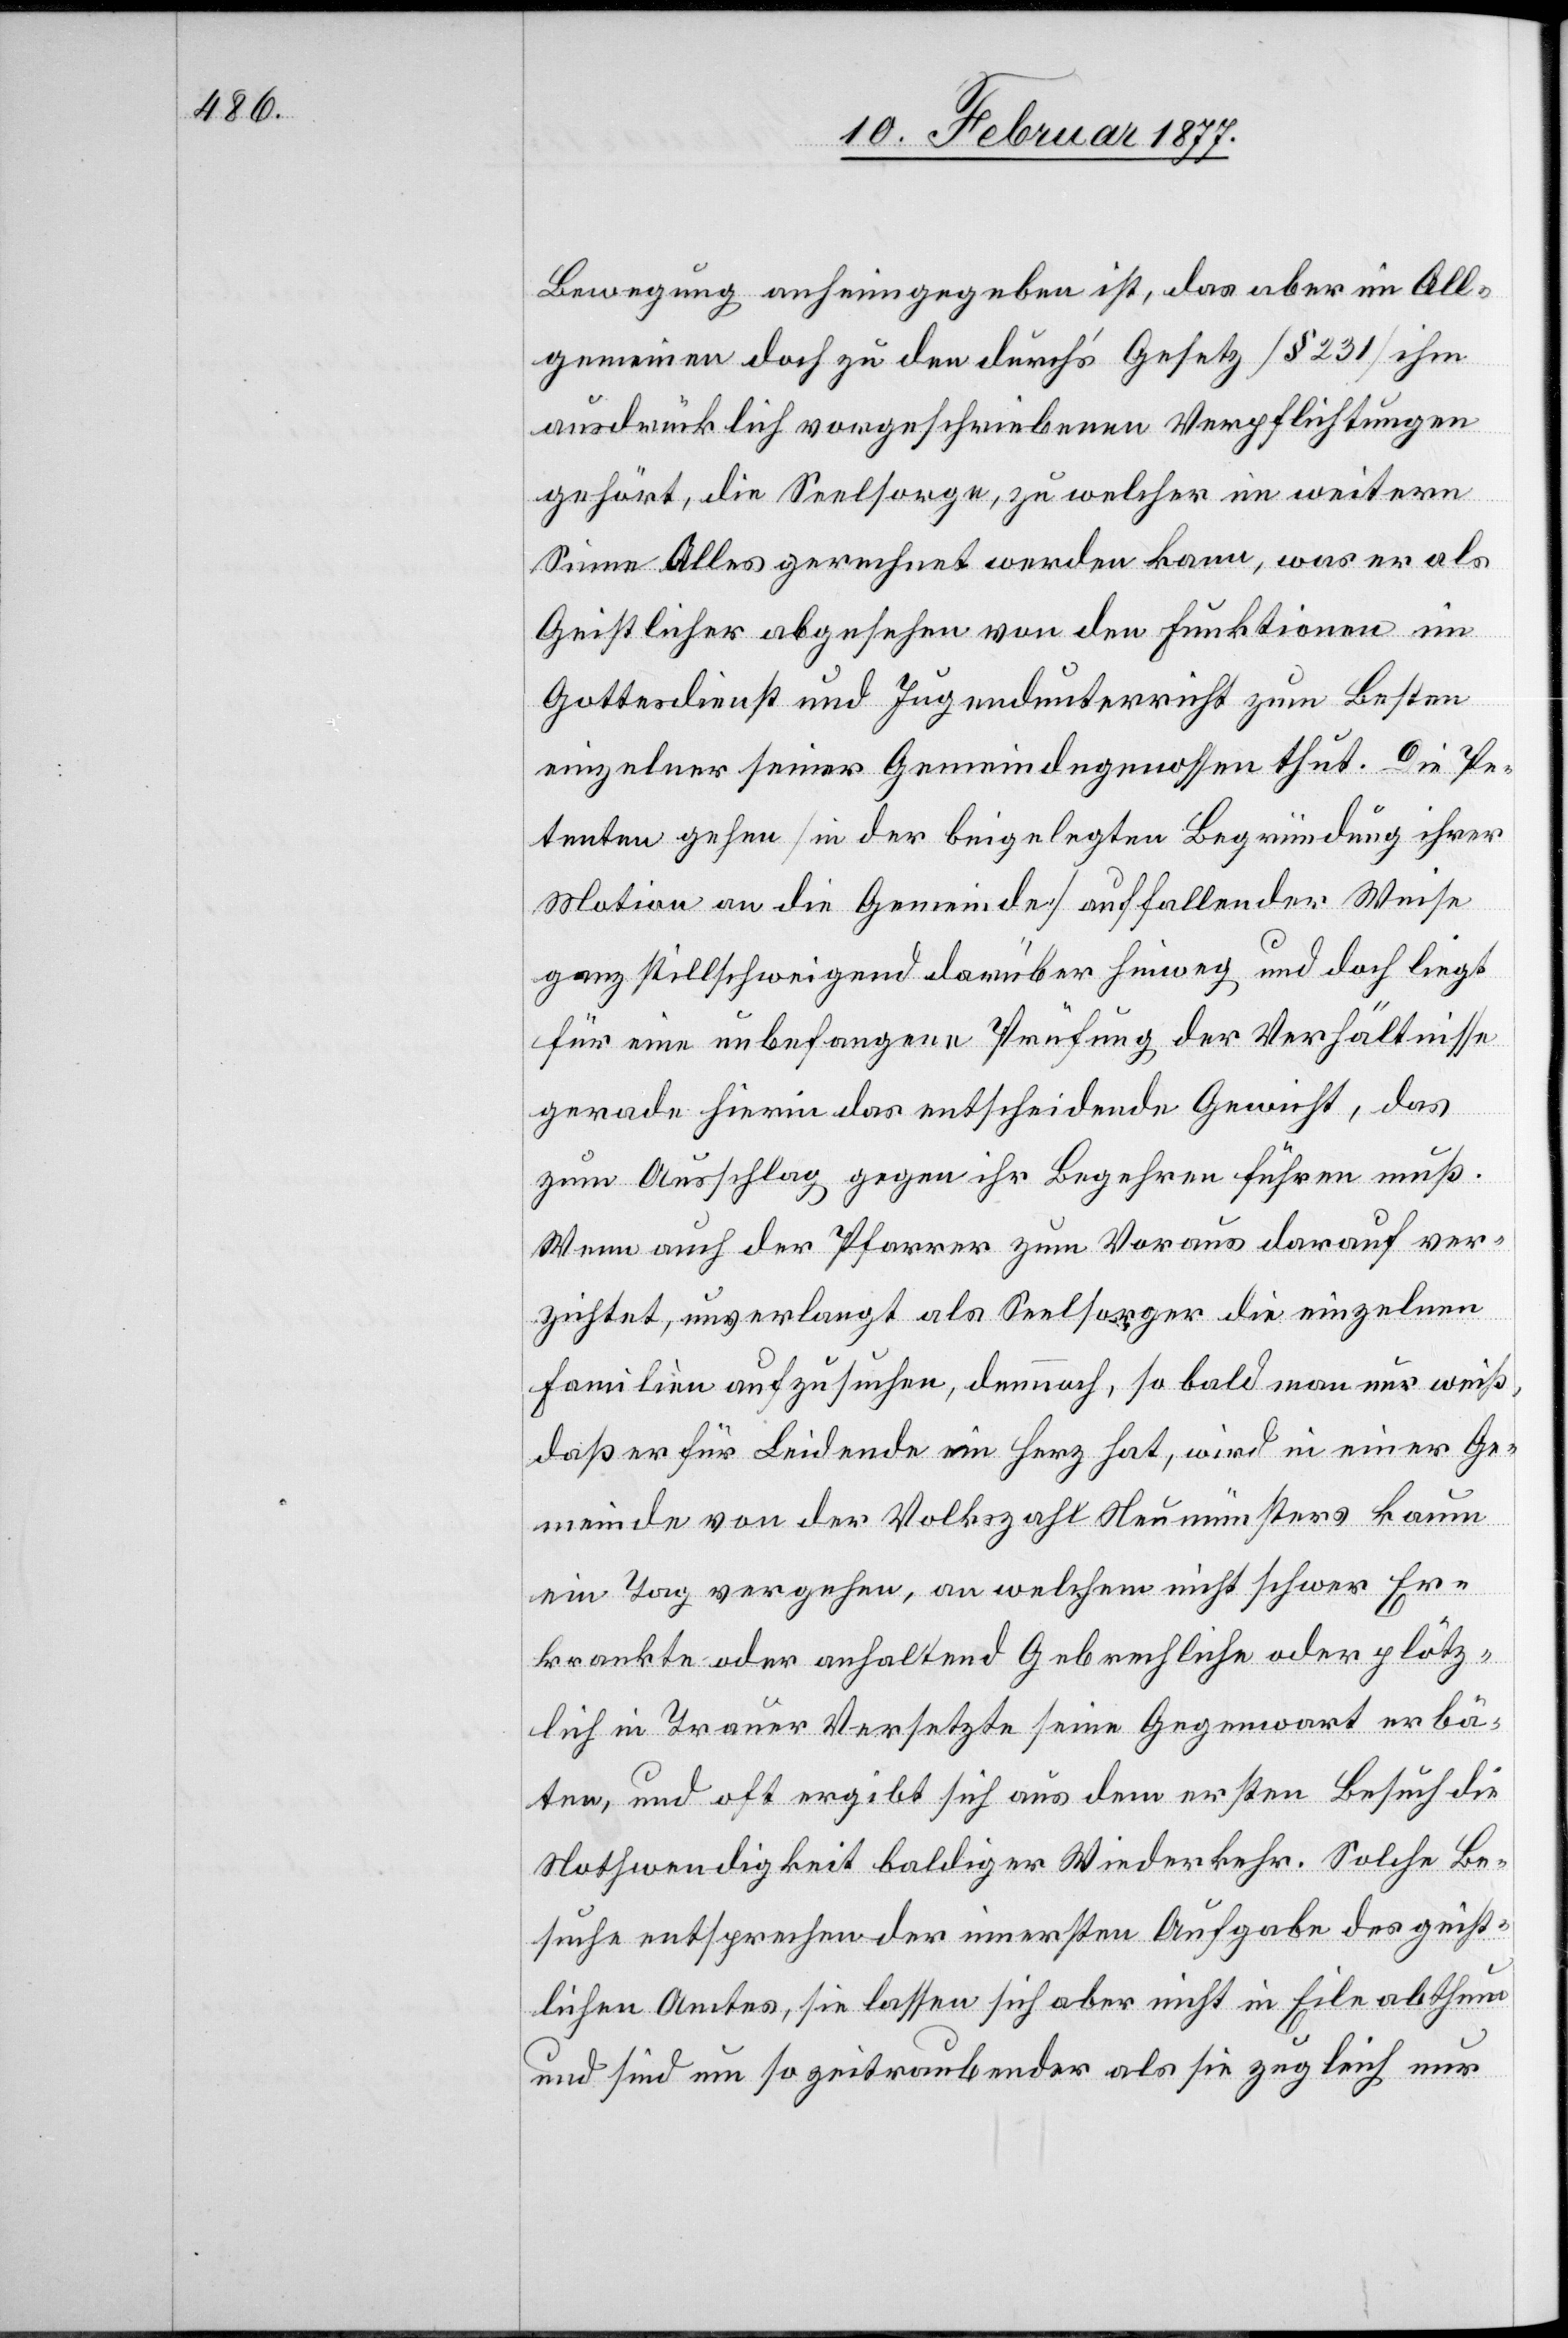
Bewegung anhingegeben ist, das aber im All¬
gemeinen doch zu den durch’s Gesetz [§ 231] ihm
ausdrücklich vorgeschriebenen Verpflichtungen
gehört, die Seelsorge, zu welcher im weitern
Sinne Alles gerechnet werden kann, was er als
Geistlicher abgesehen von den Funktionen im
Gottesdienst und Jugendunterricht zum Besten
einzelner seiner Gemeindegenossen thut. Die Pe¬
tenten gehen [in der beigelegten Begründung ihrer
Motive an die Gemeinde] auffallender Weise
ganz stillschweigend darüber hinweg und doch liegt
für eine unbefangene Prüfung der Verhältnisse
gerade hierin das entscheidende Gewicht, das
zum Ausschlag gegen ihr Begehren führen muß.
Wenn auch der Pfarrer zum Voraus darauf ver¬
zichtet, unverlangt als Seelsorger die einzelnen
Familien aufzusuchen, dennoch, so bald man nur weiß,
daß er für Leidende ein Herz hat, wird in einer Ge¬
meinde von der Volkszahl Neumünsters kaum
ein Tag vergehen, an welchem nicht schwer Er¬
krankte oder anhaltend Gebrechliche oder plötz¬
lich in Trauer Versetzte seine Gegenwart erbä¬
ten, und oft ergibt sich aus dem ersten Besuch die
Nothwendigkeit baldiger Wiederkehr. Solche Be¬
suche entsprechen der innersten Aufgabe des geist¬
lichen Amtes, sie lassen sich aber nicht in Eile abthun
und sind um so zeitraubender als sie zugleich nur